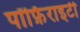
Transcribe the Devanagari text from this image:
पॉर्फ़िराइटी